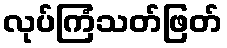
လုပ်ကြံသတ်ဖြတ်